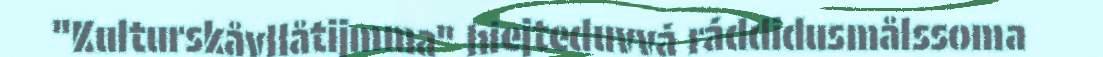
"Kulturskåvllåtijmma" hiejteduvvá ráddidusmålssoma